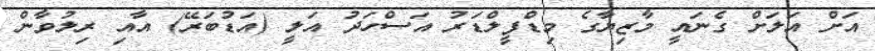
އަށް އަލަށް ގެނައީ މާޒިޔާގެ މިޑްފީލްޑަރު އަސްހަދު އަލީ (އަޑުބަރޭ) އާއި ރިލުވާން